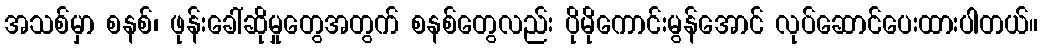
အသစ်မှာ စနစ်၊ ဖုန်းခေါ်ဆိုမှုတွေအတွက် စနစ်တွေလည်း ပိုမိုကောင်းမွန်အောင် လုပ်ဆောင်ပေးထားပါတယ်။